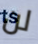
لن